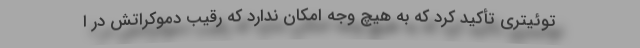
توئیتری تأکید کرد که به هیچ وجه امکان ندارد که رقیب دموکراتش در ا